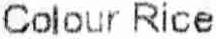
COLOUR RICE